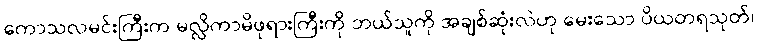
ကောသလမင်းကြီးက မလ္လိကာမိဖုရားကြီးကို ဘယ်သူကို အချစ်ဆုံးလဲဟု မေးသော ပိယတရသုတ်၊